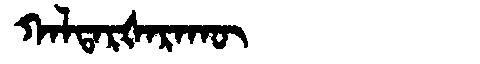
Manchu: ᡴᠠᠯᡨᠠᡵᡧᠠᡵᠠᡴᡡ
Romanization: KALTARŠARAKŪ